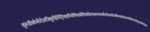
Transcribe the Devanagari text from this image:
बुरूंडीकोमोरोज़जिबूतीईरीट्रियाइथियोपियाकीनियामैडागास्करमलावीमारीशसमोजाम्बिकरवांडासेशल्ससोमालियातंजानियायुगांडाजाम्बियाज़िम्बाबवे